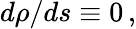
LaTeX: d\rho/ds\equiv 0\, ,